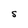
Character: S